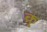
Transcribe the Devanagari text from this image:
क्र्र